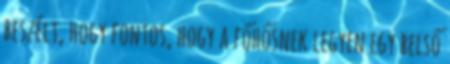
beszélt, hogy fontos, hogy a főhősnek legyen egy belső